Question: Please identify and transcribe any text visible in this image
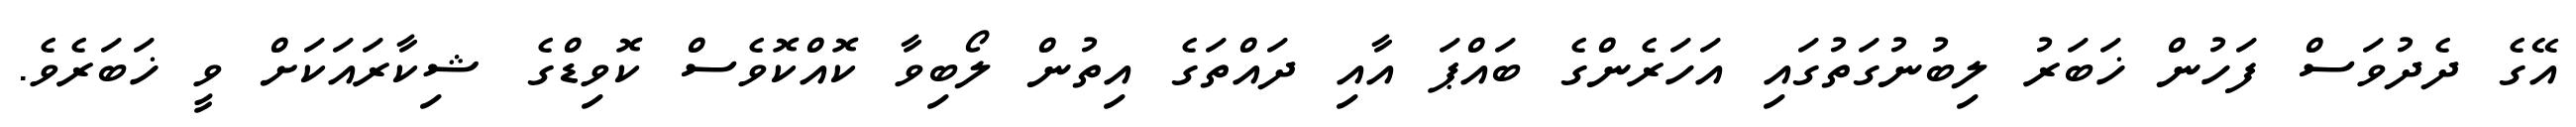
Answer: އޭގެ ދެދުވަސް ފަހުން ޚަބަރު ލިބުނުގަތުގައި އަހަރެންގެ ބައްޕަ އާއި ދައްތަގެ އިތުން ލޯބިވާ ކޮއްކޮވެސް ކޮވިޑްގެ ޝިކާރައަކަށް ވީ ޚަބަރެވެ.